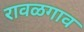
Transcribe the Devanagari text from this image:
रावळगाव